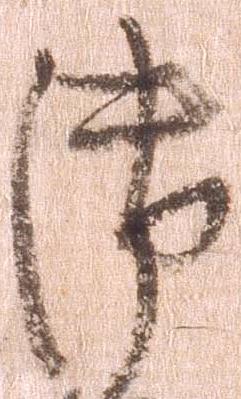
御